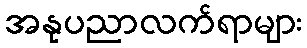
အနုပညာလက်ရာများ